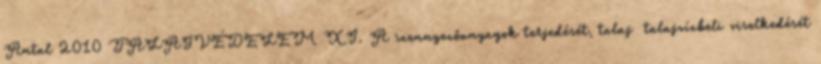
Antal 2010 TALAJVÉDELEM XI. A szennyezőanyagok terjedését, talaj talajvízbeli viselkedését